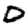
Digit: 0